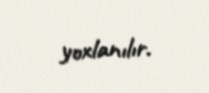
yoxlanılır.